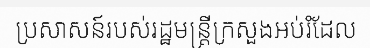
ប្រសាសន៍របស់រដ្ឋមន្ត្រីក្រសួងអប់រំដែល